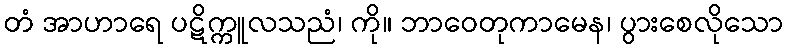
တံ အာဟာရေ ပဋိက္ကူလသညံ၊ ကို။ ဘာဝေတုကာမေန၊ ပွားစေလိုသော